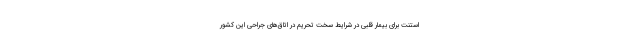
استنت برای بیمار قلبی در شرایط سخت تحریم در اتاق‌های جراحی این کشور